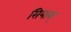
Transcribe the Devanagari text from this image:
सियाक्